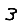
Digit: 3